Document type: Acquittal of debt
Year: 1424
Scribe: Francesc de Casanoves
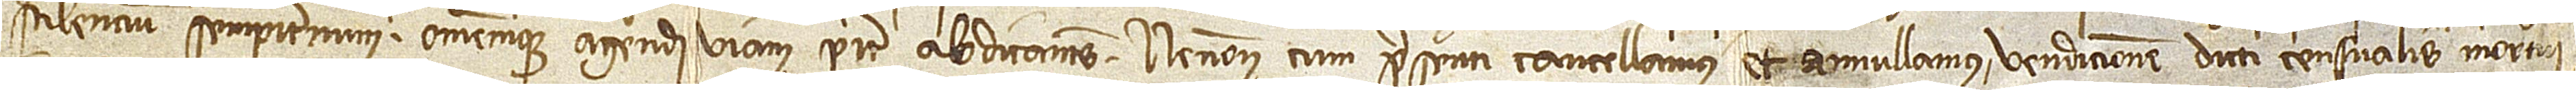
scilencium sempiternum omnemque agendi viam pariter abdicantes. Necnon cum presenti cancellamus et annullamus vendicionem dicti censualis mortui